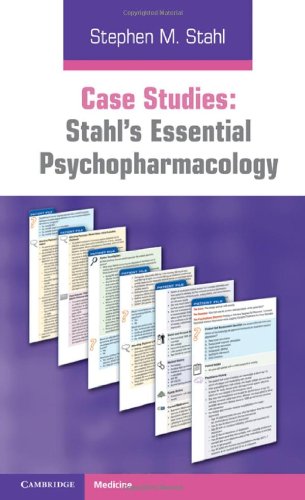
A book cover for Case Studies: Stahl's Essential Psychopharmacology; Stephen M. Stahl; Medical Books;